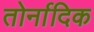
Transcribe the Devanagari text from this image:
तोर्नादिक